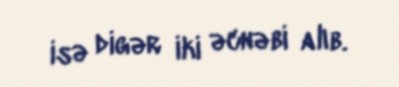
isə digər iki əcnəbi alıb.